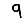
Digit: 9